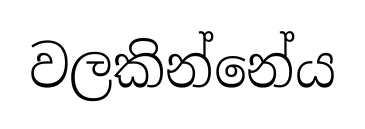
වලකින්නේය